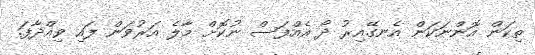
ތިކަން އޮންނަކަން އެނގޭއިރު ދޯ އެއްފަސް ނުކޮށް މާލެ އަރުވަން ފައި ވިއްދާފަ.